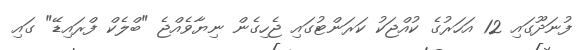
ފުނަދޫގައި 12 އަހަރުގެ ކުއްޖަކު ކަރަންޓުގައި ޖެހިގެން ނިޔާވެއްޖެ "ބްލެކް ފްރައިޑޭ" ގައި